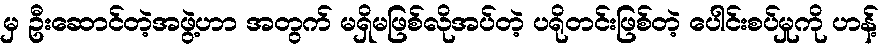
မှ ဦးဆောင်တဲ့အဖွဲ့ဟာ အတွက် မရှိမဖြစ်လိုအပ်တဲ့ ပရိုတင်းဖြစ်တဲ့ ပေါင်းစပ်မှုကို ဟန့်